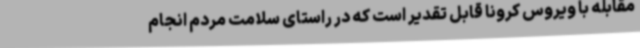
مقابله با ویروس کرونا قابل تقدیر است که در راستای سلامت مردم انجام